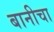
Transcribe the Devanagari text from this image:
बानीचा